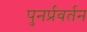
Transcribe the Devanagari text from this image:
पुनर्प्रवर्तन